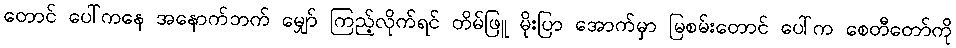
တောင် ပေါ်ကနေ အနောက်ဘက် မျှော် ကြည့်လိုက်ရင် တိမ်ဖြူ မိုးပြာ အောက်မှာ မြစမ်းတောင် ပေါ်က စေတီတော်ကို